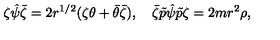
\zeta \hat { \psi } \bar { \zeta } = 2 r ^ { 1 / 2 } ( \zeta \theta + \bar { \theta } \bar { \zeta } ) , \quad \bar { \zeta } \tilde { p } \hat { \psi } \tilde { p } \zeta = 2 m r ^ { 2 } \rho ,